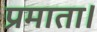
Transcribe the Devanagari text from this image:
प्रमाता।